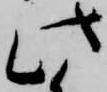
此